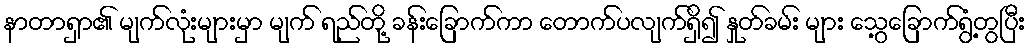
နာတာရှာ၏ မျက်လုံးများမှာ မျက် ရည်တို့ ခန်းခြောက်ကာ တောက်ပလျက်ရှိ၍ နှုတ်ခမ်း များ သွေ့ခြောက်ရွံ့တွပြီး